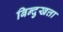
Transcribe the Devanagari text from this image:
बिन्दुखत्ता